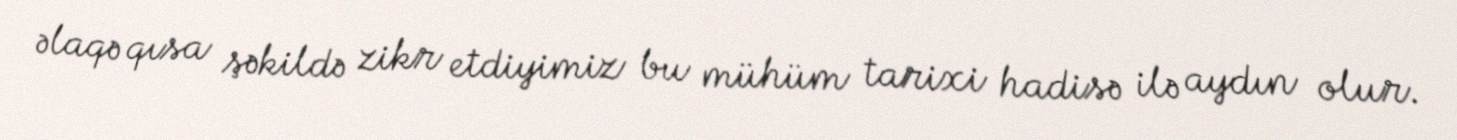
əlaqə qısa şəkildə zikr etdiyimiz bu mühüm tarixi hadisə ilə aydın olur.